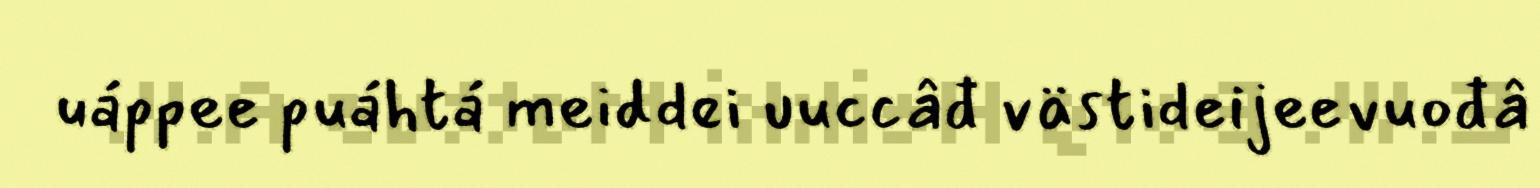
uáppee puáhtá meiddei uuccâđ västideijeevuođâ